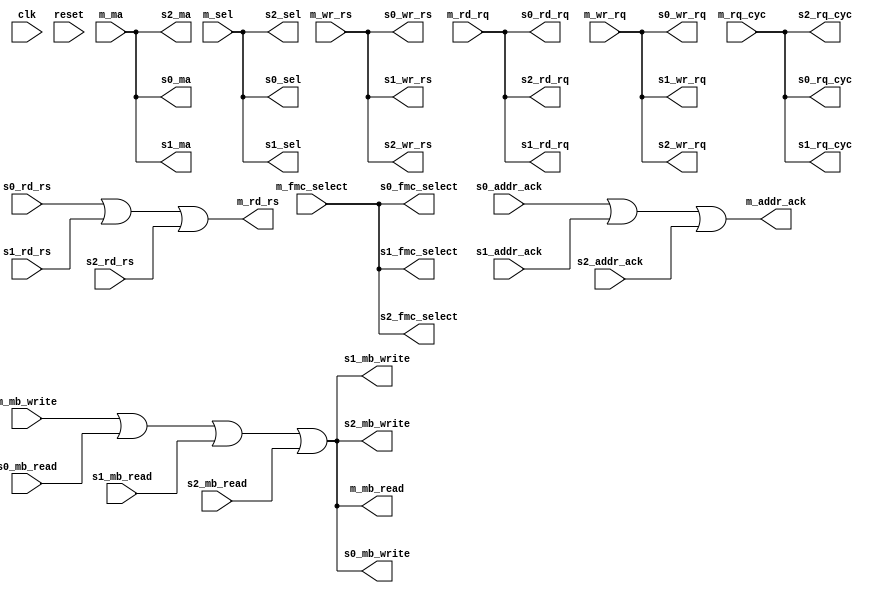
module membus_3_connect(
	// unused
	input wire clk,
	input wire reset,

	// Master
	input wire m_wr_rs,
	input wire m_rq_cyc,
	input wire m_rd_rq,
	input wire m_wr_rq,
	input wire [21:35] m_ma,
	input wire [18:21] m_sel,
	input wire m_fmc_select,
	input wire [0:35] m_mb_write,
	output wire m_addr_ack,
	output wire m_rd_rs,
	output wire [0:35] m_mb_read,

	// Slave 0
	output wire s0_wr_rs,
	output wire s0_rq_cyc,
	output wire s0_rd_rq,
	output wire s0_wr_rq,
	output wire [21:35] s0_ma,
	output wire [18:21] s0_sel,
	output wire s0_fmc_select,
	output wire [0:35] s0_mb_write,
	input wire s0_addr_ack,
	input wire s0_rd_rs,
	input wire [0:35] s0_mb_read,

	// Slave 1
	output wire s1_wr_rs,
	output wire s1_rq_cyc,
	output wire s1_rd_rq,
	output wire s1_wr_rq,
	output wire [21:35] s1_ma,
	output wire [18:21] s1_sel,
	output wire s1_fmc_select,
	output wire [0:35] s1_mb_write,
	input wire s1_addr_ack,
	input wire s1_rd_rs,
	input wire [0:35] s1_mb_read,

	// Slave 2
	output wire s2_wr_rs,
	output wire s2_rq_cyc,
	output wire s2_rd_rq,
	output wire s2_wr_rq,
	output wire [21:35] s2_ma,
	output wire [18:21] s2_sel,
	output wire s2_fmc_select,
	output wire [0:35] s2_mb_write,
	input wire s2_addr_ack,
	input wire s2_rd_rs,
	input wire [0:35] s2_mb_read
);
	wire [0:35] mb_out = m_mb_write | s0_mb_read | s1_mb_read | s2_mb_read;

	assign m_addr_ack = s0_addr_ack | s1_addr_ack | s2_addr_ack;
	assign m_rd_rs = s0_rd_rs | s1_rd_rs | s2_rd_rs;
	assign m_mb_read = mb_out;

	assign s0_wr_rs = m_wr_rs;
	assign s0_rq_cyc = m_rq_cyc;
	assign s0_rd_rq = m_rd_rq;
	assign s0_wr_rq = m_wr_rq;
	assign s0_ma = m_ma;
	assign s0_sel = m_sel;
	assign s0_fmc_select = m_fmc_select;
	assign s0_mb_write = mb_out;

	assign s1_wr_rs = m_wr_rs;
	assign s1_rq_cyc = m_rq_cyc;
	assign s1_rd_rq = m_rd_rq;
	assign s1_wr_rq = m_wr_rq;
	assign s1_ma = m_ma;
	assign s1_sel = m_sel;
	assign s1_fmc_select = m_fmc_select;
	assign s1_mb_write = mb_out;

	assign s2_wr_rs = m_wr_rs;
	assign s2_rq_cyc = m_rq_cyc;
	assign s2_rd_rq = m_rd_rq;
	assign s2_wr_rq = m_wr_rq;
	assign s2_ma = m_ma;
	assign s2_sel = m_sel;
	assign s2_fmc_select = m_fmc_select;
	assign s2_mb_write = mb_out;
endmodule